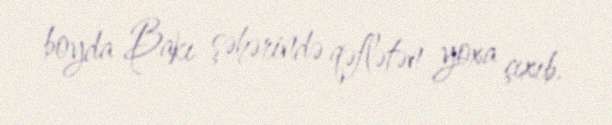
boyda Bakı şəhərində qəflətən yoxa çıxıb.